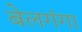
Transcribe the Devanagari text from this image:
बेलगंगा